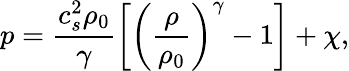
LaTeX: p=\frac{c_{s}^{2}\rho_{0}}{\gamma}\left[\left(\frac{\rho}{\rho_{0}}\right)^{\gamma}-1\right]+\chi,